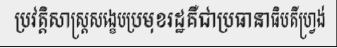
ប្រវត្តិសាស្ត្រសង្ខេបប្រមុខរដ្ឋគឺជាប្រធានាធិបតីហ្វ្រង់